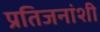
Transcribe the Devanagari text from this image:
प्रतिजनांशी